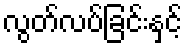
လွတ်လပ်ခြင်းနှင့်